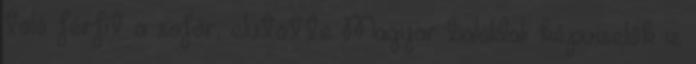
toló férfit a sofőr, elütötte Magyar baloldali képviselők is